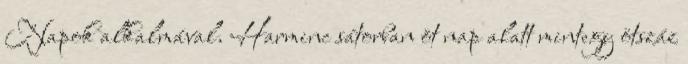
Napok alkalmával. Harminc sátorban öt nap alatt mintegy ötszáz